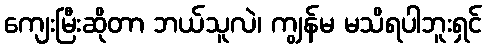
ကျေးမြီးဆိုတာ ဘယ်သူလဲ၊ ကျွန်မ မသိရပါဘူးရှင်